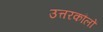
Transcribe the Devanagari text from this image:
उत्तरकौलों